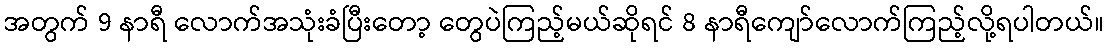
အတွက် 9 နာရီ လောက်အသုံးခံပြီးတော့ တွေပဲကြည့်မယ်ဆိုရင် 8 နာရီကျော်လောက်ကြည့်လို့ရပါတယ်။